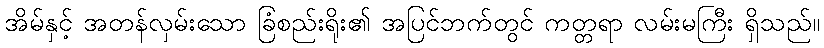
အိမ်နှင့် အတန်လှမ်းသော ခြံစည်းရိုး၏ အပြင်ဘက်တွင် ကတ္တရာ လမ်းမကြီး ရှိသည်။